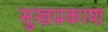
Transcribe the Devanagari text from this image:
सुखप्रकाश